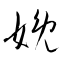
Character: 娩